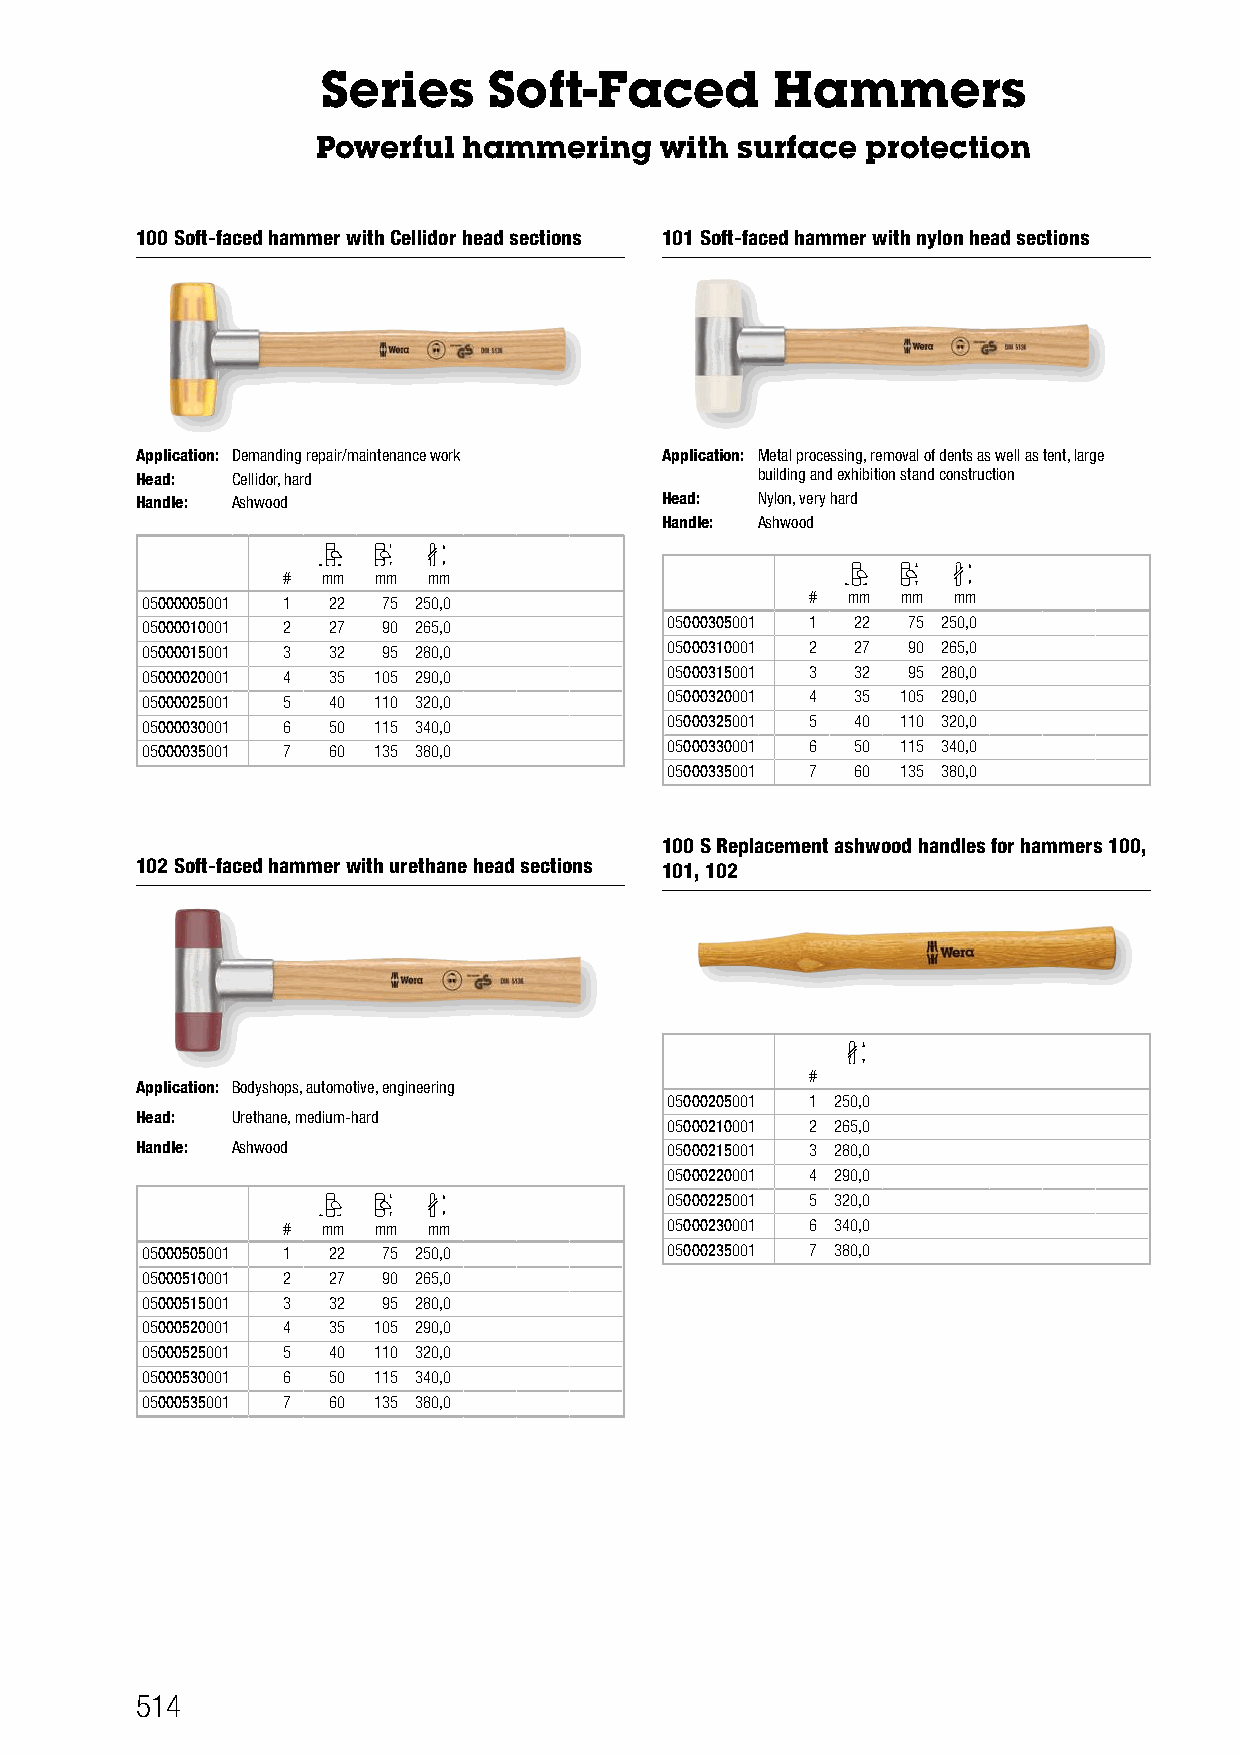
Series     Soft-Faced         Hammers
 Powerful  hammering    with surface protection
 100 Soft-faced hammer with Cellidor head sections 101 Soft-faced hammer with nylon head sections
 Application: Demanding repair/maintenance work Application: Metal processing, removal of dents as well as tent, large
 Head: Cellidor, hard                     building and exhibition stand construction
 Handle: Ashwood                    Head: Nylon, very hard
 Handle: Ashwood
 # mm  mm mm
 05000005001 1 22 75 250,0                    # mm  mm mm
 05000010001 2 27 90 265,0          05000305001 1 22 75 250,0
 05000015001 3 32 95 280,0          05000310001 2 27 90 265,0
 05000020001 4 35 105 290,0         05000315001 3 32 95 280,0
 05000025001 5 40 110 320,0         05000320001 4 35 105 290,0
 05000030001 6 50 115 340,0         05000325001 5 40 110 320,0
 05000035001 7 60 135 380,0         05000330001 6 50 115 340,0
 05000335001 7 60 135 380,0
 100 S Replacement ashwood handles for hammers 100,
 102 Soft-faced hammer with urethane head sections 101, 102
 #
 Application: Bodyshops, automotive, engineering
 05000205001 1 250,0
 Head: Urethane, medium-hard
 05000210001 2 265,0
 Handle: Ashwood                    05000215001 3 280,0
 05000220001 4 290,0
 05000225001 5 320,0
 # mm  mm mm              05000230001 6 340,0
 05000505001 1 22 75 250,0          05000235001 7 380,0
 05000510001 2 27 90 265,0
 05000515001 3 32 95 280,0
 05000520001 4 35 105 290,0
 05000525001 5 40 110 320,0
 05000530001 6 50 115 340,0
 05000535001 7 60 135 380,0
 514